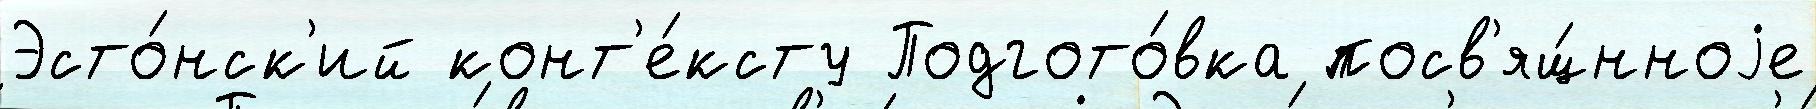
Эсто́нск'ий конт'е́ксту Подгото́вка посв'ящ́нноjе